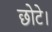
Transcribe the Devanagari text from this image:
छोटे।